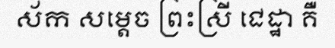
ស័ក សម្តេច ព្រះស្រី ជេដ្ឋា គឺ